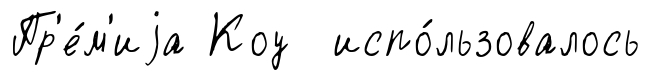
Пр'е́м'иjа Коу испо́льзовалось